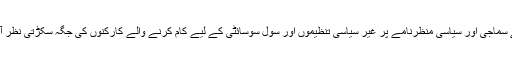
ملک کے سماجی اور سیاسی منظرنامے پر غیر سیاسی تنظیموں اور سول سوسائٹی کے لیے کام کرنے والے کارکنوں کی جگہ سکڑتی نظر آرہی ہے۔